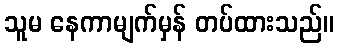
သူမ နေကာမျက်မှန် တပ်ထားသည်။